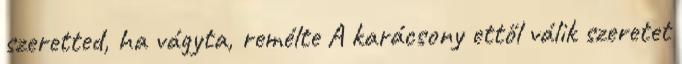
szeretted, ha vágyta, remélte A karácsony ettől válik szeretet